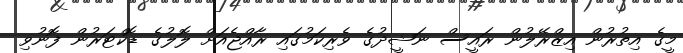
މީގެ އިތުރުން އިޒްރޭލުން ރައީސް ނަޝީދުގެ ވެރިކަމުގައި ރާއްޖެއަށް ލޮލުގެ ޑޮކްޓަރުން ފޮނުވި